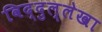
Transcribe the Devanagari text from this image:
विद्दुल्लेखा